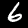
Label: 6